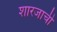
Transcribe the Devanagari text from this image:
शारजाची